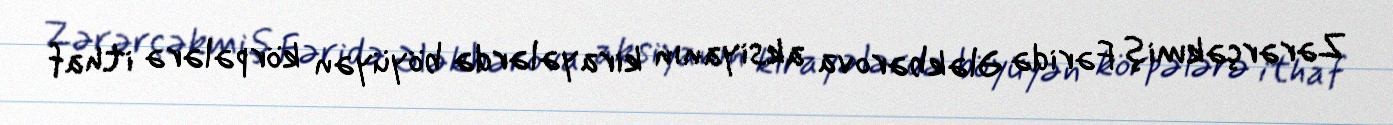
Zərərçəkmiş Fəridə Ələkbərova aksiyanın kirayələrdə böyüyən körpələrə ithaf